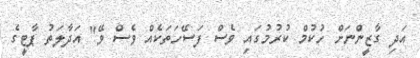
އަދި ގާޒީންނަށް ހުކުމް ކުރުމުގައި ވެސް ފަސޭހަތަކެއް ވެސް ވޭ" އަދާލަތު ޕާޓީގެ